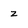
Character: z